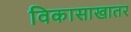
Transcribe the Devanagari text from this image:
विकासाखातर